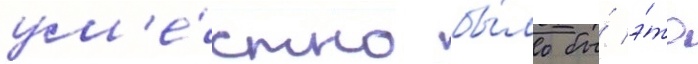
ум'е́стно бы́ло бы́ э́то